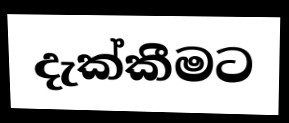
දැක්කීමට